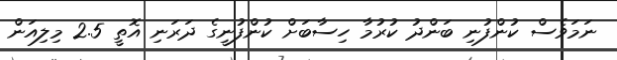
ނަމަވެސް ކުންފުނި ބަންދު ކުރުމާ ހިސާބަށް ކުންފުނީގެ ދަރަނި އޮތީ 2.5 މިލިއަން